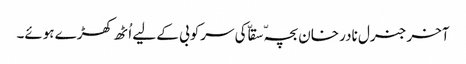
آخر جنرل نادر خان بچہّ سقاّ کی سرکوبی کے لیے اُٹھ کھڑے ہوئے۔